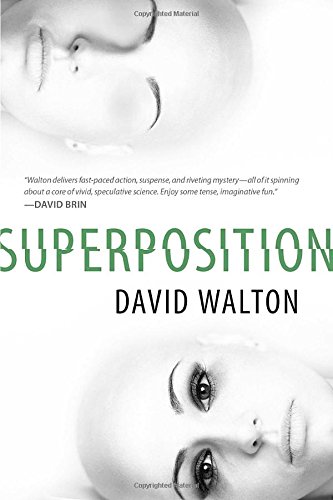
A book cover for Superposition; David Walton; Mystery, Thriller & Suspense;